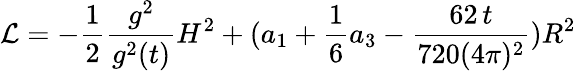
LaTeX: {\cal L}=-\frac{1}{2}\frac{g^{2}}{g^{2}(t)}H^{2}+(a_{1}+\frac{1}{6}a_{3}-\frac{62\, t}{720(4\pi)^{2}})R^{2}